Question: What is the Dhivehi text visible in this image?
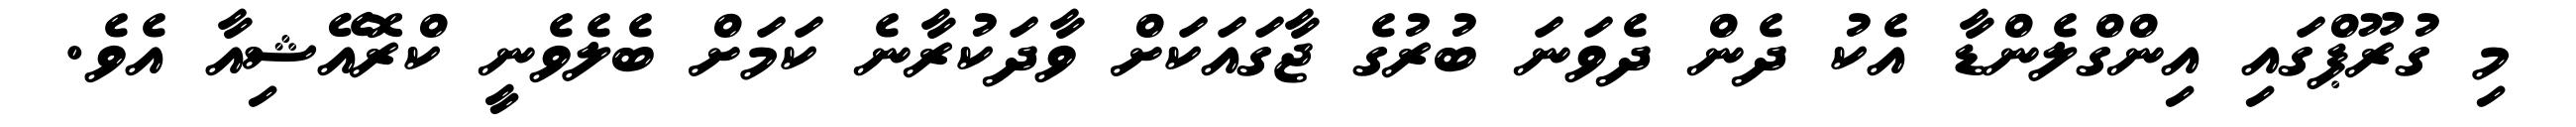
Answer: މި ގުރޫޕްގައި އިންގްލެންޑާ އެކު ދެން ދެވަނަ ބުރުގެ ޖާގައަކަށް ވާދަކުރާނެ ކަމަށް ބެލެވެނީ ކްރޮއޭޝިއާ އެވެ.